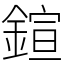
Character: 鍹